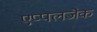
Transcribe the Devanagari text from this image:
एप्पलजैक